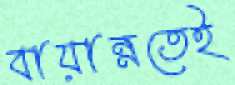
বায়ান্নতেই